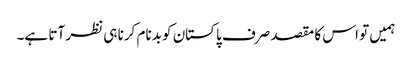
ہمیں تو اس کا مقصد صرف پاکستان کو بدنام کرنا ہی نظر آتا ہے۔